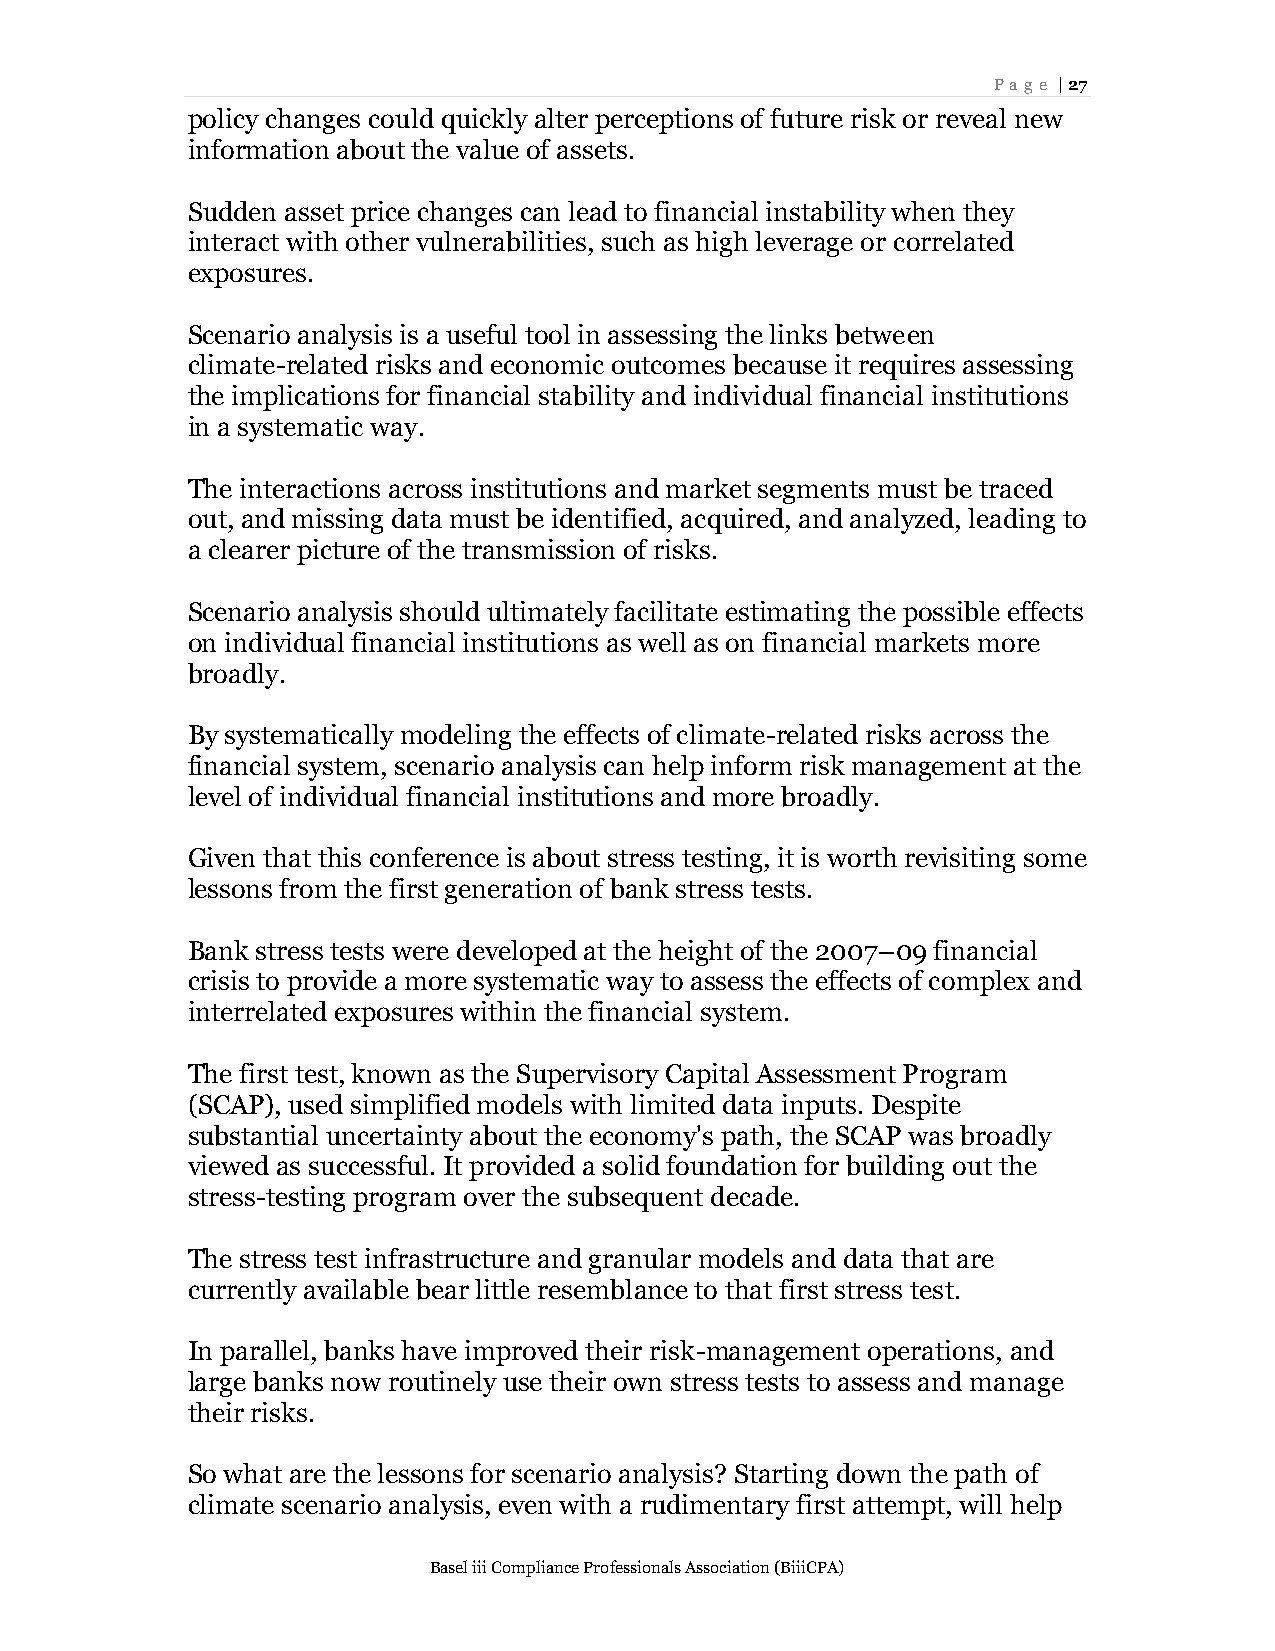
Page | 27
 policy changes could quickly alter perceptions of future risk or reveal new
 information about the value of assets.
 Sudden asset price changes can lead to financial instability when they
 interact with other vulnerabilities, such as high leverage or correlated
 exposures.
 Scenario analysis is a useful tool in assessing the links between
 climate-related risks and economic outcomes because it requires assessing
 the implications for financial stability and individual financial institutions
 in a systematic way.
 The interactions across institutions and market segments must be traced
 out, and missing data must be identified, acquired, and analyzed, leading to
 a clearer picture of the transmission of risks.
 Scenario analysis should ultimately facilitate estimating the possible effects
 on individual financial institutions as well as on financial markets more
 broadly.
 By systematically modeling the effects of climate-related risks across the
 financial system, scenario analysis can help inform risk management at the
 level of individual financial institutions and more broadly.
 Given that this conference is about stress testing, it is worth revisiting some
 lessons from the first generation of bank stress tests.
 Bank stress tests were developed at the height of the 2007–09 financial
 crisis to provide a more systematic way to assess the effects of complex and
 interrelated exposures within the financial system.
 The first test, known as the Supervisory Capital Assessment Program
 (SCAP), used simplified models with limited data inputs. Despite
 substantial uncertainty about the economy's path, the SCAP was broadly
 viewed as successful. It provided a solid foundation for building out the
 stress-testing program over the subsequent decade.
 The stress test infrastructure and granular models and data that are
 currently available bear little resemblance to that first stress test.
 In parallel, banks have improved their risk-management operations, and
 large banks now routinely use their own stress tests to assess and manage
 their risks.
 So what are the lessons for scenario analysis? Starting down the path of
 climate scenario analysis, even with a rudimentary first attempt, will help
 Basel iii Compliance Professionals Association (BiiiCPA)